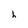
Character: h